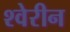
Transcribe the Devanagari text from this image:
श्वेरीन